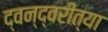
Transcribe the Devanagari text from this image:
द्वन्द्वरीत्या